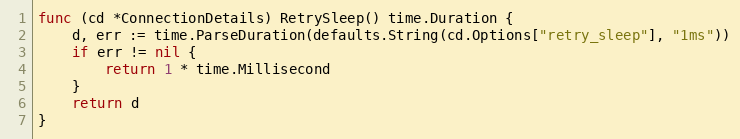
Language: Go
func (cd *ConnectionDetails) RetrySleep() time.Duration {
	d, err := time.ParseDuration(defaults.String(cd.Options["retry_sleep"], "1ms"))
	if err != nil {
		return 1 * time.Millisecond
	}
	return d
}